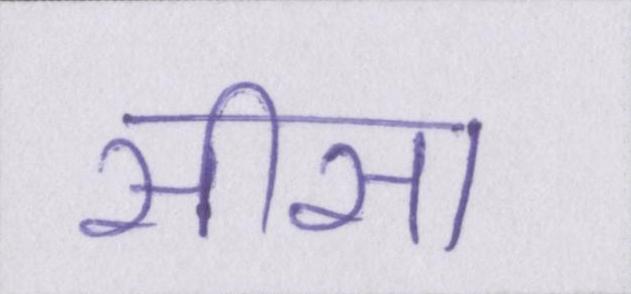
सीसा